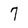
Character: 7